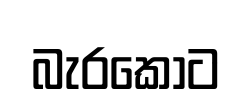
බැරකොට